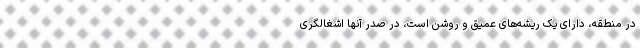
در منطقه، دارای یک ریشه‌های عمیق و روشن است، در صدر آنها اشغالگری